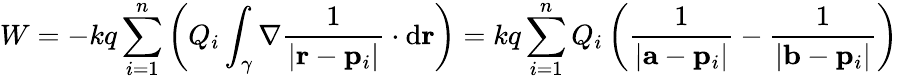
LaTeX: W=-kq\sum_{i=1}^{n}\left(Q_{i}\int_{\gamma}\nabla{\frac{1}{\left|\mathbf{r}-\mathbf{p}_{i}\right|}}\cdot\mathrm{d}\mathbf{r}\right)=kq\sum_{i=1}^{n}Q_{i}\left({\frac{1}{\left|\mathbf{a}-\mathbf{p}_{i}\right|}}-{\frac{1}{\left|\mathbf{b}-\mathbf{p}_{i}\right|}}\right)